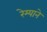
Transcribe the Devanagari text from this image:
रेम्याने